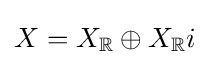
X=X_{\mathbb {R} }\oplus X_{\mathbb {R} }i